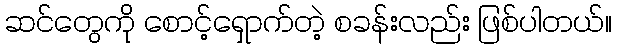
ဆင်တွေကို စောင့်ရှောက်တဲ့ စခန်းလည်း ဖြစ်ပါတယ်။